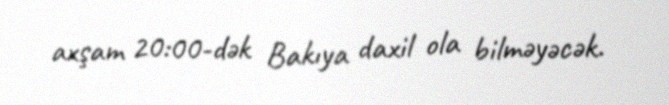
axşam 20:00-dək Bakıya daxil ola bilməyəcək.